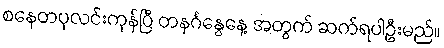
စနေတပုလင်းကုန်ပြီ တနင်္ဂနွေနေ့ အတွက် ဆက်ရပါဦးမည်။